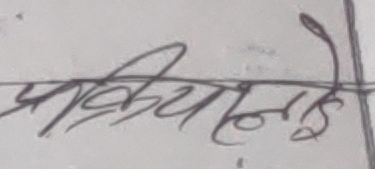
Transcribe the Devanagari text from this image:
प्रक्रियानाई